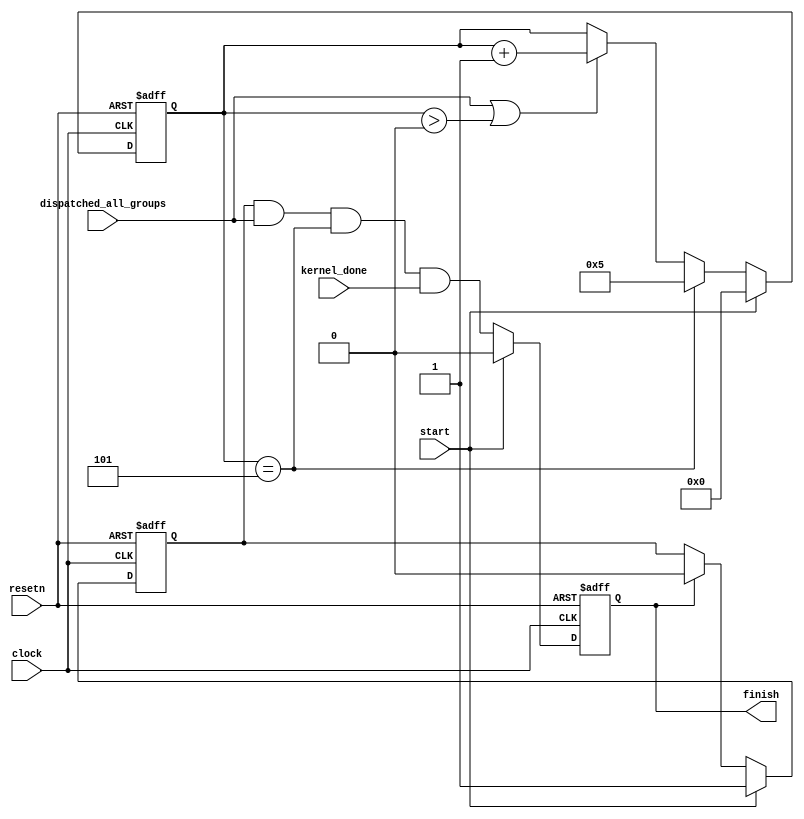
module acl_all_done_detector
#(
  parameter NUM_COPIES = 1       
)
(
  input clock,
  input resetn,
  input start,
  input dispatched_all_groups,
  input [NUM_COPIES-1:0] kernel_done,
  output reg finish
);
  localparam MAX_CYCLE_COUNTER_VALUE = 5;
  reg [3:0] cycles_since_sent_first_item;
  wire sent_first_item = (cycles_since_sent_first_item == MAX_CYCLE_COUNTER_VALUE);
  reg not_finished;
  always @(posedge clock or negedge resetn)
  begin
    if ( ~resetn )
      finish <= 1'b0;
    else if ( start )
      finish <= 1'b0;
    else
      finish <= not_finished & 
                dispatched_all_groups &
                sent_first_item &
                (kernel_done == {NUM_COPIES{1'b1}});
  end
  always @(posedge clock or negedge resetn)
  begin
    if ( ~resetn )
      not_finished <= 1'b1;
    else if ( start )
      not_finished <= 1'b1;
    else if ( finish )
      not_finished <= 1'b0;
    else
      not_finished <= not_finished;
  end
  always @(posedge clock or negedge resetn)
  begin
    if ( ~resetn )
      cycles_since_sent_first_item <= 0;
    else if ( start )
      cycles_since_sent_first_item <= 0;
    else if ( cycles_since_sent_first_item == MAX_CYCLE_COUNTER_VALUE )
      cycles_since_sent_first_item <= MAX_CYCLE_COUNTER_VALUE;
    else if ( dispatched_all_groups | (cycles_since_sent_first_item > 0) )
      cycles_since_sent_first_item <= cycles_since_sent_first_item + 1;
  end
endmodule